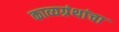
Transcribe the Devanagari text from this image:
काव्यग्रंथांचा